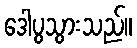
ဒေါပွသွားသည်။